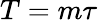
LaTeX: T=m\tau